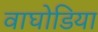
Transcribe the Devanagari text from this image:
वाघोडिया